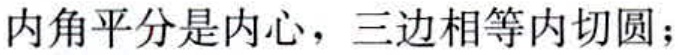
内角平分是内心，三边相等内切圆；